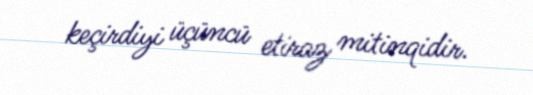
keçirdiyi üçüncü etiraz mitinqidir.